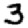
Digit: 3